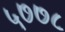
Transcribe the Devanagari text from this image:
५७७८